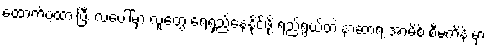
ထောက်ပံ့ထားပြီး လပေါ်မှာ လူတွေ ရေရှည်နေနိုင်ဖို့ ရည်ရွယ်တဲ့ နာဆာရဲ့ အာမိစ် စီမံကိန်းမှာ